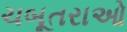
ચબૂતરાઓ